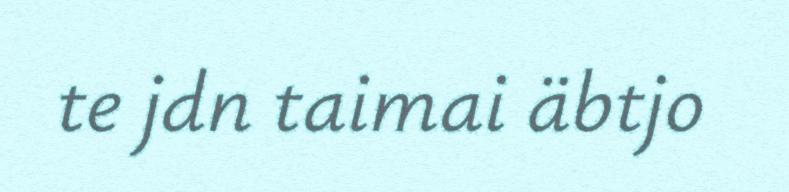
te jdn taimai äbtjo